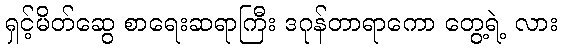
ရှင့်မိတ်ဆွေ စာရေးဆရာကြီး ဒဂုန်တာရာကော တွေ့ရဲ့ လား